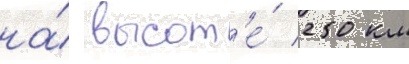
на́ высот'е́ 250 км